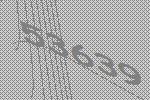
53639